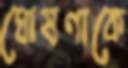
ঘোষণাকে